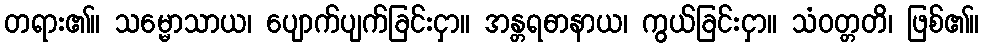
တရား၏။ သမ္မောသာယ၊ ပျောက်ပျက်ခြင်းငှာ။ အန္တရဓာနာယ၊ ကွယ်ခြင်းငှာ။ သံဝတ္တတိ၊ ဖြစ်၏။